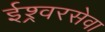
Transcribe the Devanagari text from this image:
ईश्र्वरसेवा